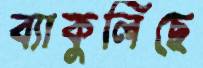
ব্যাকুলিছে